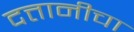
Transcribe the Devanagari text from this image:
दत्तानीचा